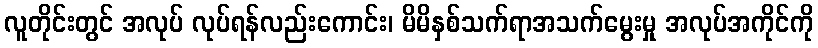
လူတိုင်းတွင် အလုပ် လုပ်ရန်လည်းကောင်း၊ မိမိနှစ်သက်ရာအသက်မွေးမှု အလုပ်အကိုင်ကို